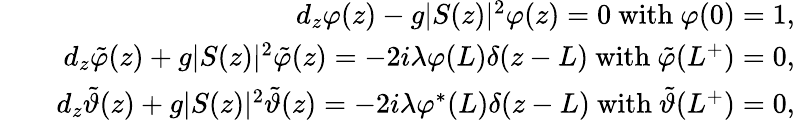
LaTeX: \begin{array}{rlr}&{}&{d_{z}\varphi(z)-g\vert S(z)\vert^{2}\varphi(z)=0\ \mathrm{with}\ \varphi(0)=1,}\\ &{}&{d_{z}\tilde{\varphi}(z)+g\vert S(z)\vert^{2}\tilde{\varphi}(z)=-2i\lambda\varphi(L)\delta(z-L)\ \mathrm{with}\ \tilde{\varphi}(L^{+})=0,}\\ &{}&{d_{z}\tilde{\vartheta}(z)+g\vert S(z)\vert^{2}\tilde{\vartheta}(z)=-2i\lambda\varphi^{\ast}(L)\delta(z-L)\ \mathrm{with}\ \tilde{\vartheta}(L^{+})=0,}\end{array}